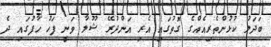
ބަދަލު ކުޅުންތެރިއެއްގެ ގޮތުގައި އެރި އަންދުރޭ ޝޫލާ ވަނީ ފަހު ހާފުގައި ދެ